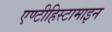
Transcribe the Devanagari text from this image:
एण्टीहिस्टामाइन